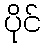
ပိုင်